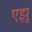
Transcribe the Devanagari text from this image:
एझू